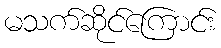
မသက်ဆိုင်ကြောင်း